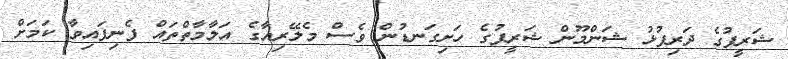
ޝަރީފުގެ ދަރިފުޅު ޝަންމޫން ޝަރީފުގެ ހަށިގަނޑުން ވެސް މެލޭރިއާގެ އަލާމާތްތައް ފެނިފައިވާ ކަމަށް